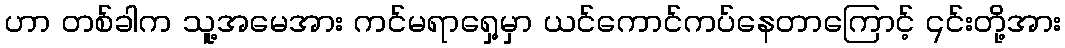
ဟာ တစ်ခါက သူ့အမေအား ကင်မရာရှေ့မှာ ယင်ကောင်ကပ်နေတာကြောင့် ၎င်းတို့အား